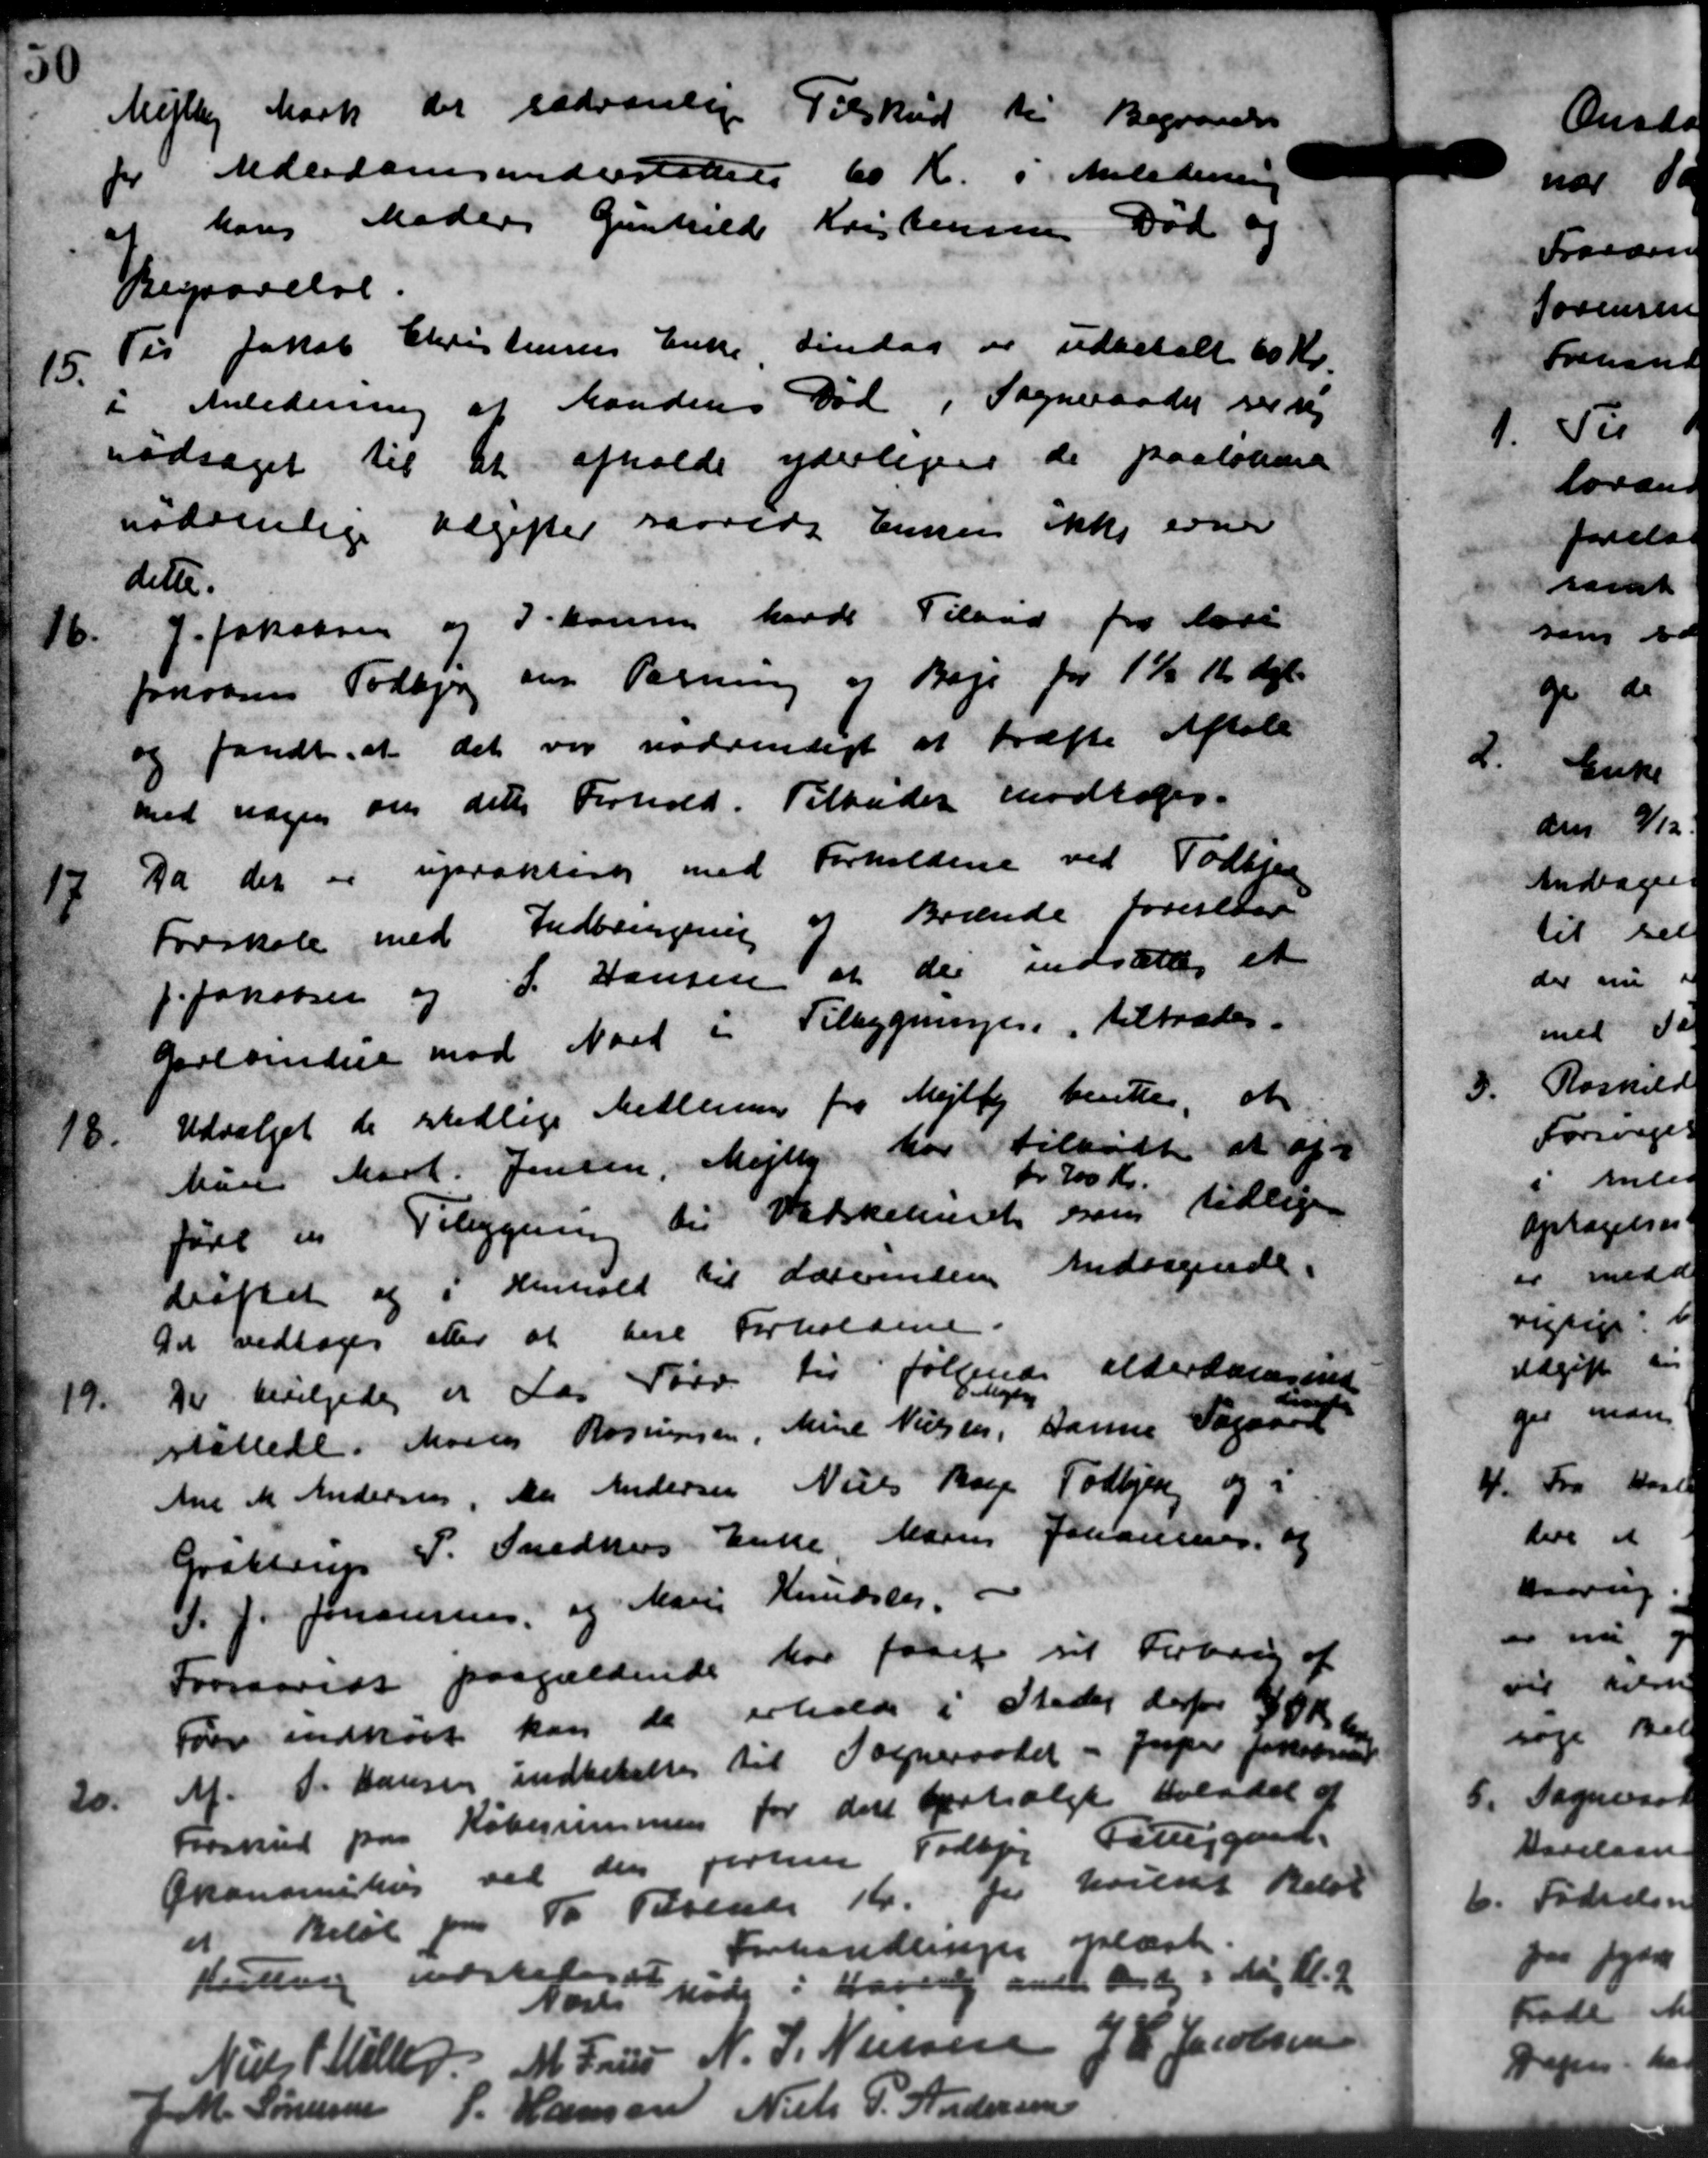
Transskription:
Mejlby Mark der sædvanlig Tilskud til Begravelse
for Alderdomsunderstøttelse 60 Kr. og Medersen
af hans Moders Gunkild Kristensens Død og
Begravelse.
15.
Til Jakob Christensens Enke Tirsdag er udbetalt 60 Kr.
i Anledning af Randens Død i Sogneraadet vil sig
nødsaget til at afholde yderligere de paaløbne
nødvenlige Udgifter saarede Enken ikke erne
dette.
16.
J. Jakobsen og I. Kone havde Tilbud fra bosi
foroves Todbjerg om Pasning og Bøje for 1 Kr Kr. Kgl.
og fandt, at det var nødvendigt at træfte Aftale
med nogen om dette Forhold. Tilbudet modtoges.
17
Da der er upraktere med Forholdene ved Todbjer
Forskole med Indberegning af Brænde foreslaar
 Jakobsen og S. Hansen at der indsættes et
Garlsendere mod Nort i Tilbygninger, tiltrædes.
18.
Udvalget de stedlige Medlemmer fra Mejlby bentte, at
Mane Mark. Jensen, Mejlby har tilbudt at af
ført en Tilbygning til Vadskeriet som tidlige
fr. 100 Kr.
drøftet og i Henhold til Lærerinden Andragende.
Det vedtoges eller at bese Forholdene.
19.
Der bevilgedes er Las Tørv til følgende alderdomsund
iag
sstøttede. Maries Rasmussen, Mine Nielsen, Danne Søgaard
Ane M Andersen, Aar Andersen Niels Bog Todbjerg og
Grakteren P. Snedkers Enke, Marie Johannes, og
P. J. Johansen, og Mars Knudsen.
Forsaavidt paagældende har faaet sit Forberg af
Før indkøbt kan de erholde i Stedet derfor 30 Kr.
20.
Mf. P. Hansen indbetaltes til Sogneraadet - Jesper Jakobsen
Forskud paa Købejeren for der fortsalgt bladet af
Økonomistrup ved den forten Todbjerg Fattiggaard.
at Beløb " To Tolst Kr. for hvilket Beløb
Kuling indstelse
Forhandlingen oplæst.
Næste Møde i Havvej andre Orden i Maj Kl. 2.
Niels P. Møller
M. Frues
N. J. Nielsen
J. P. Jacobsen
M. Sørensen
P. Hansen
Niels P. Andersen